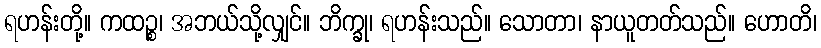
ရဟန်းတို့။ ကထဉ္စ၊ အဘယ်သို့လျှင်။ ဘိက္ခု၊ ရဟန်းသည်။ သောတာ၊ နာယူတတ်သည်။ ဟောတိ၊